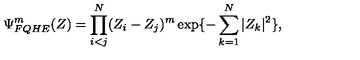
\Psi _ { F Q H E } ^ { m } ( Z ) = \prod _ { i < j } ^ { N } ( Z _ { i } - Z _ { j } ) ^ { m } \exp \{ - \sum _ { k = 1 } ^ { N } | Z _ { k } | ^ { 2 } \} ,